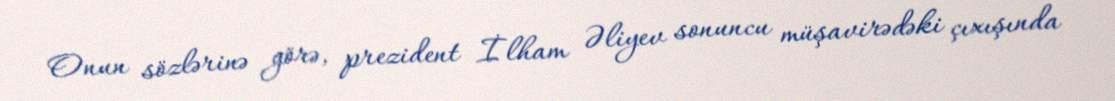
Onun sözlərinə görə, prezident İlham Əliyev sonuncu müşavirədəki çıxışında